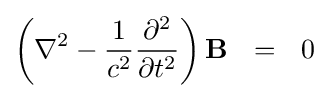
\left(\nabla ^{2}-{1 \over {c}^{2}}{\partial ^{2} \over \partial t^{2}}\right)\mathbf {B} \ \ =\ \ 0